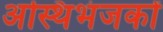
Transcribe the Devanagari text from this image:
अस्थिभंजकों